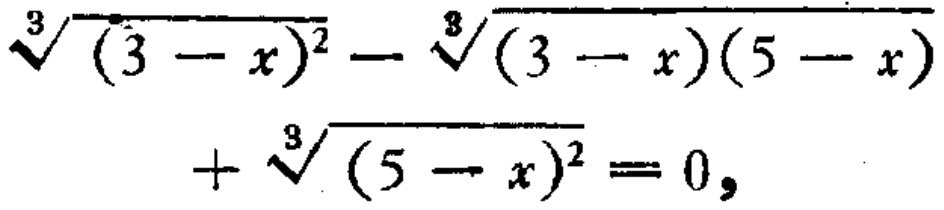
\(\sqrt[3]{(3 - x)^{2}} - \sqrt[3]{(3 - x)(5 - x)} + \sqrt[3]{(5 - x)^{2}} = 0\)